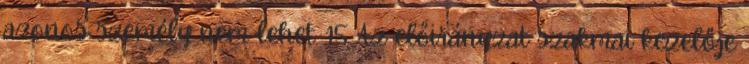
azonos személy nem lehet. 15 Az előirányzat szakmai kezelője